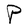
Character: P